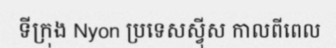
ទីក្រុង Nyon ប្រទេសស្វ៊ីស កាលពីពេល